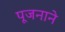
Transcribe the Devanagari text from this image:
पूजनाने